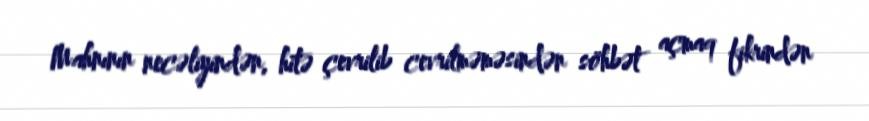
Mahnının necəliyindən, hitə çevrilib cevrilməməsindən söhbət açmaq fikrindən